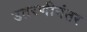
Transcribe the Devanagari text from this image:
उतरणीनंतर